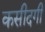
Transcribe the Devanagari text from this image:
कसीदगी